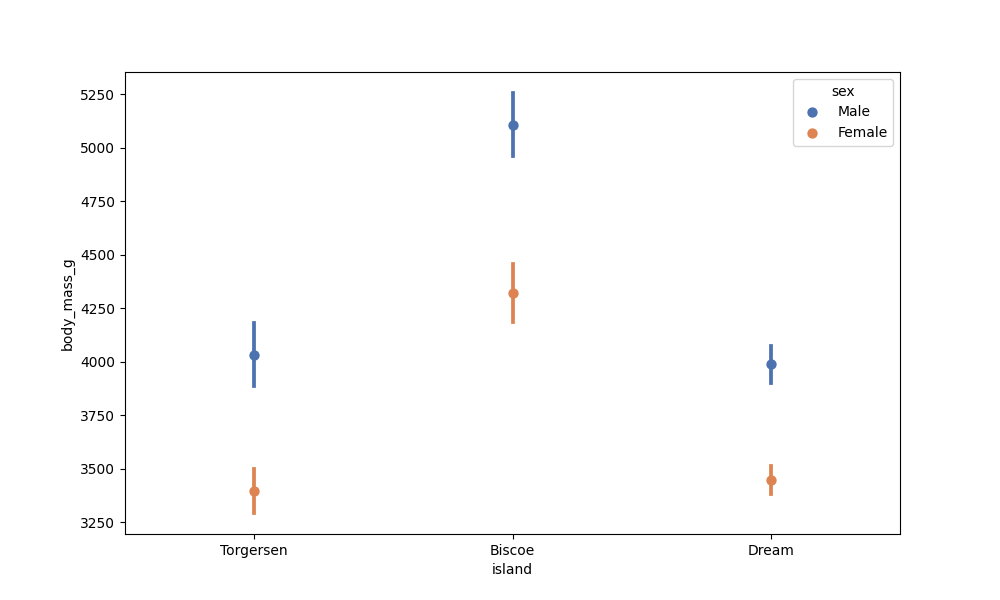
python, seaborn, pointplot, scale=1.0, join=False, hue='sex', palette='deep'